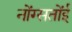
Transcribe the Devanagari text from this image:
नोंग्सतोंई